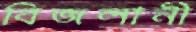
বিজলানী